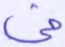
فى